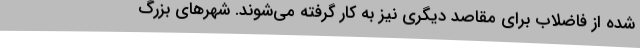
شده از فاضلاب برای مقاصد دیگری نیز به کار گرفته می‌شوند. شهرهای بزرگ